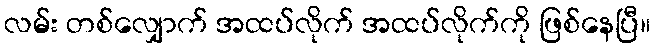
လမ်း တစ်လျှောက် အထပ်လိုက် အထပ်လိုက်ကို ဖြစ်နေပြီ။